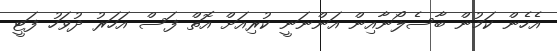
އެހެން ކަމުން ބާސެލޯނާއިން އަންނަނީ ކުރިއަށް އޮތް ފަސް އަހަރު ދުވަހު ފަޓީ